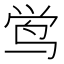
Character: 鸴